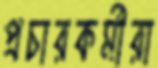
প্রচারকর্মীরা